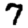
Digit: 7